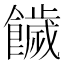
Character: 饖